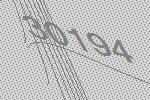
30194